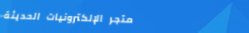
متجر الإلكترونيات الحديثة